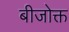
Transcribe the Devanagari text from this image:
बीजोक्त